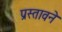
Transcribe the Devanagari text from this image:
प्रस्तावने